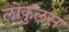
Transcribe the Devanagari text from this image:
लोकुलस